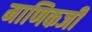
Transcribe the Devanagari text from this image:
माणिकजी